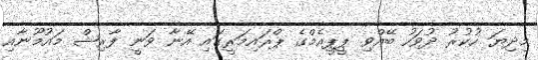
މިދިޔަ ހުކުރު ދުވަހު ބޭއްވި ޕީޕީއެމްގެ ޕްރައިމަރީގައި އޭނާ ވަނީ ފާރިޝް މައުމޫނާއި